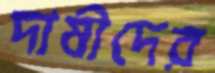
দাষীদের